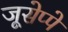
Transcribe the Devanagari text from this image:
जूसेप्पे